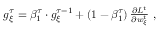
\begin{array} { r } { g _ { \xi } ^ { \tau } = \beta _ { 1 } ^ { \tau } \cdot g _ { \xi } ^ { \tau - 1 } + \left( 1 - \beta _ { 1 } ^ { \tau } \right) \frac { \partial L ^ { t } } { \partial w _ { \xi } ^ { t } } \ , } \end{array}